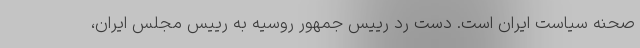
صحنه سیاست ایران است. دست رد رییس جمهور روسیه به رییس مجلس ایران،